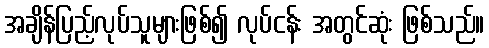
အချိန်ပြည့်လုပ်သူများဖြစ်၍ လုပ်ငန်း အတွင်ဆုံး ဖြစ်သည်။